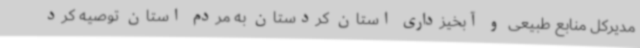
مدیرکل منابع طبیعی و آبخیزداری استان کردستان به مردم استان توصیه کرد